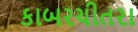
કાબરચીતરા